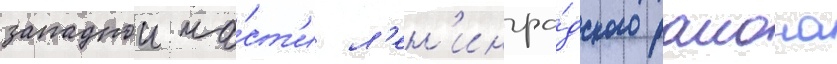
западнои ча́ст'и л'ен'ингра́дского раиона